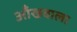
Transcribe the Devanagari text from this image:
आँखवाला